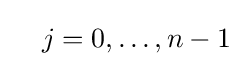
\quad j=0,\dotsc ,n-1